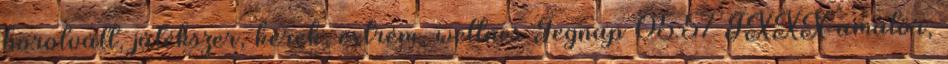
borotvált, játékszer, kerek, extrém, wellnes Tegnap 05:57 TXXX amatőr,